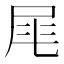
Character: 𡱕